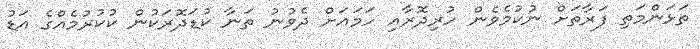
ތަޅަންމަތި ފަރާތަށް ނުކުމެވެން ހުރިދޮރާއި ހަމައަށް ދެވުނު ތަނާ ކުޑަދޮރަކުން ކުކުރުމެއްގެ އަޑު